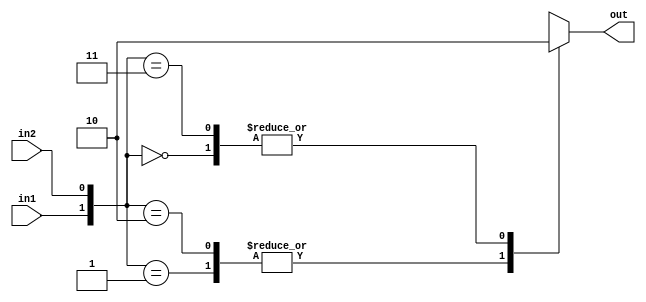
module switch_2_way (
    output reg out,
    input in1,in2
);

always @(*) begin
    case({in1,in2})
    2'b00: out = 1'b0;
    2'b01: out = 1'b1;
    2'b10: out = 1'b1;
    2'b11: out = 1'b0;
    default: out = 1'bx;    
    endcase
end
    
endmodule

module switch ( // without using reg
    output out,
    input in1,in2
);

assign out = in1^in2;

endmodule